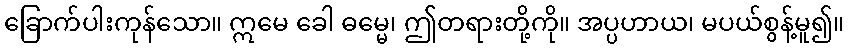
ခြောက်ပါးကုန်သော။ ဣမေ ခေါ ဓမ္မေ၊ ဤတရားတို့ကို။ အပ္ပဟာယ၊ မပယ်စွန့်မူ၍။